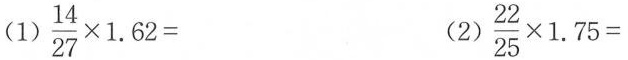
(1) $$\frac{14}{27}\times 1.62=$$ (2)$$\frac{22}{25}\times 1.75=$$